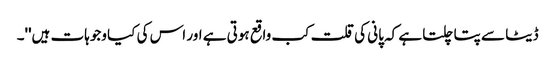
ڈیٹا سے پتا چلتا ہے کہ پانی کی قلت کب واقع ہوتی ہے اور اس کی کیا وجوہات ہیں''۔